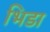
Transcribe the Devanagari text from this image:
भिडा